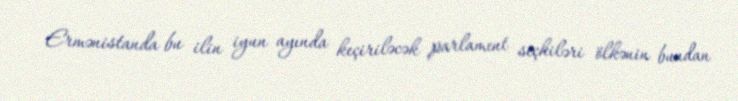
Ermənistanda bu ilin iyun ayında keçiriləcək parlament seçkiləri ölkənin bundan